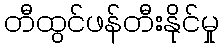
တီထွင်ဖန်တီးနိုင်မှု